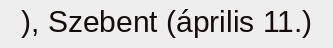
), Szebent (április 11.)